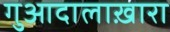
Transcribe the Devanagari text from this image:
गुआदालाख़ारा